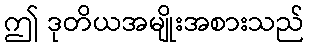
ဤ ဒုတိယအမျိုးအစားသည်